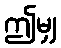
ဤမျှ